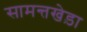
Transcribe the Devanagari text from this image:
सामन्तखेड़ा